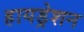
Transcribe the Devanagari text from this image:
हायड्रेशन